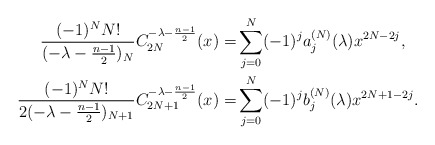
\begin{align*} \frac{(-1)^NN!}{(-\lambda-\frac{n-1}{2})_N}C_{2N}^{-\lambda-\frac{n-1}{2}}(x) =&\sum_{j=0}^N (-1)^ja_j^{(N)}(\lambda)x^{2N-2j},\\ \frac{(-1)^NN!}{2(-\lambda-\frac{n-1}{2})_{N+1}}C_{2N+1}^{-\lambda-\frac{n-1}{2}}(x) =&\sum_{j=0}^N (-1)^j b_j^{(N)}(\lambda)x^{2N+1-2j}.\end{align*}